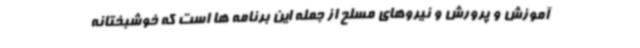
آموزش و پرورش و نیروهای مسلح از جمله این برنامه ها است که خوشبختانه